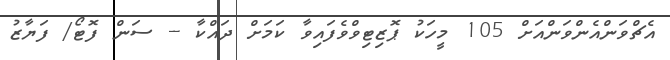
އެޗްވަންއެންވަންއަށް 105 މީހަކު ޕޮޒިޓިވްވެފައިވާ ކަމަށް ދައްކާ -- ސަން ފޮޓޯ/ ފަޔާޒު